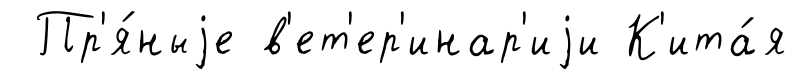
Пр'я́ныjе в'ет'ер'инар'иjи К'ита́я